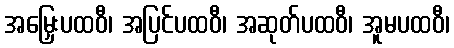
အမြှေးပထဝီ၊ အပြင်ပထဝီ၊ အဆုတ်ပထဝီ၊ အူမပထဝီ၊